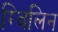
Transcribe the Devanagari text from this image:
ग्विलिन